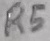
Text: R5